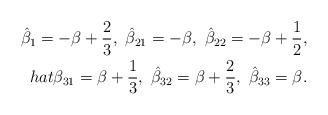
LaTeX: \begin{align*}\hat{\beta}_{1}=-\beta+{2\over3},\ \hat{\beta}_{21}=-\beta,\ \hat{\beta}_{22}=-\beta+{1\over2},\\hat{\beta}_{31}=\beta+{1\over3},\ \hat{\beta}_{32}=\beta+{2\over3},\ \hat{\beta}_{33}=\beta.\end{align*}